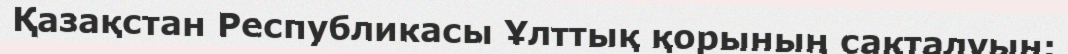
Қазақстан Республикасы Ұлттық қорының сақталуын;